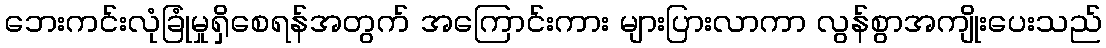
ဘေးကင်းလုံခြုံမှုရှိစေရန်အတွက် အကြောင်းကား များပြားလာကာ လွန်စွာအကျိုးပေးသည်